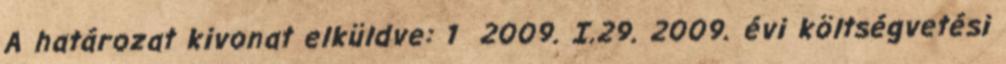
A határozat kivonat elküldve: 1 2009. I.29. 2009. évi költségvetési